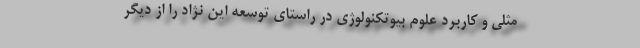
مثلی و کاربرد علوم بیوتکنولوژی در راستای توسعه این نژاد را از دیگر